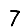
Digit: 7